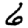
Digit: 6